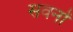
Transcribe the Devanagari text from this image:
सवनों